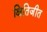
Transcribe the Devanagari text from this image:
क्षितिजीत